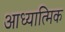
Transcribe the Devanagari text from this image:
आध्‍यात्मिक